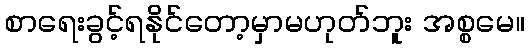
စာရေးခွင့်ရနိုင်တော့မှာမဟုတ်ဘူး အစ္စမေ။